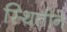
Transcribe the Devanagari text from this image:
स्थितीने